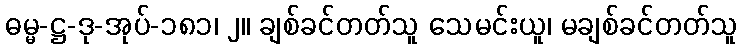
ဓမ္မ-ဋ္ဌ-ဒု-အုပ်-၁၈၁၊ ၂။ ချစ်ခင်တတ်သူ သေမင်းယူ၊ မချစ်ခင်တတ်သူ